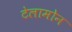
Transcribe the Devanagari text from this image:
टेलामोन